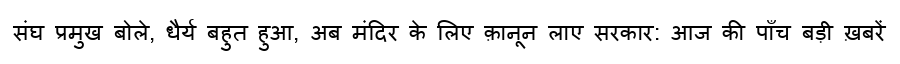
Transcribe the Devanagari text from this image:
संघ प्रमुख बोले, धैर्य बहुत हुआ, अब मंदिर के लिए क़ानून लाए सरकार: आज की पाँच बड़ी ख़बरें